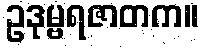
ဥဒုမ္ဗရဇာတက။